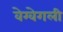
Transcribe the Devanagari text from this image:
वेग्वेगली